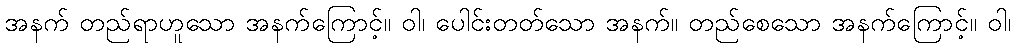
အနက် တည်ရာဟူသော အနက်ကြောင့်။ ဝါ၊ ပေါင်းတတ်သော အနက်။ တည်စေသော အနက်ကြောင့်။ ဝါ၊